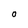
Character: O